Scottish Certificate of Education, 1962
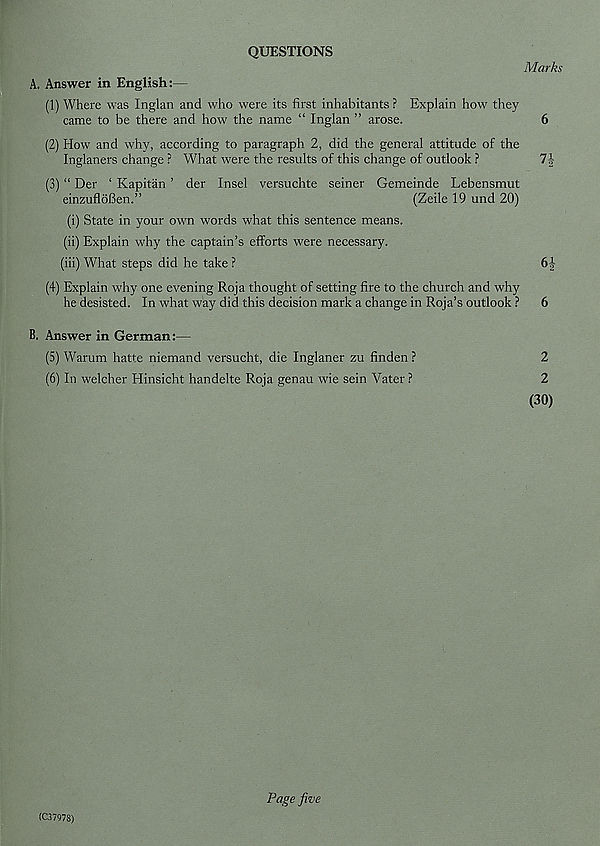
QUESTIONS
Marks
A. Answer in English:—
(1) Where was Inglan and who were its first inhabitants ? Explain how they
came to be there and how the name “ Inglan ” arose.
6
(2) How and why, according to paragraph 2, did the general attitude of the
Inglaners change ? What were the results of this change of outlook ?
7-|
(3) “ Der ‘ Kapitan ’ der Insel versuchte seiner Gemeinde Lebensmut
einzuflbBen.”
(Zeile 19 und 20)
(i) State in your own words what this sentence means.
(ii) Explain why the captain’s efforts were necessary.
(iii) What steps did he take ?
(4) Explain why one evening Roja thought of setting fire to the church and why
he desisted. In what way did this decision mark a change in Roja’s outlook ? 6
B. Answer in German:—
(5) Warum hatte niemand versucht, die Inglaner zu finden ?
2
(6) In welcher Hinsicht handelte Roja genau wie sein Vater ?
2
(30)
Page five
(C37978)